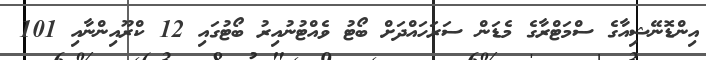
އިންޑޮނޭޝިއާގެ ސްމަޓްރާގެ މެޑަން ސަރަހައްދަށް ބޯޓު ވެއްޓުނުއިރު ބޯޓުގައި 12 ކްރޫއިންނާއި 101